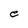
Character: e